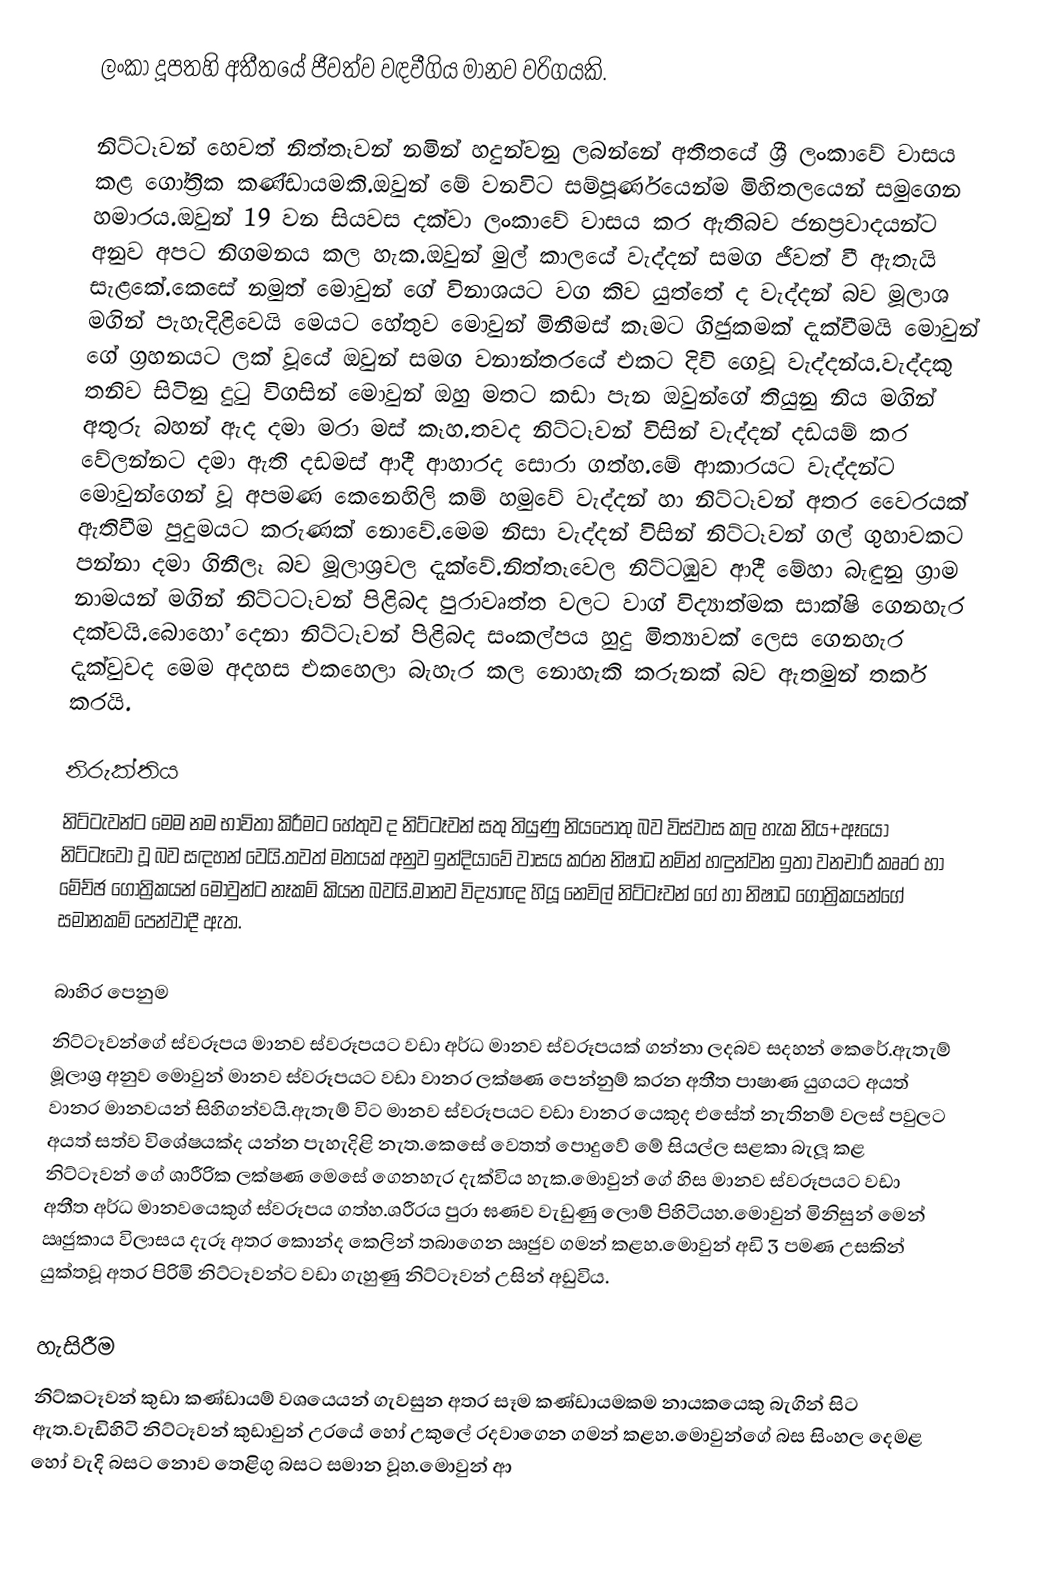
ලංකා දූපතහි අතීතයේ ජීවත්ව වඳවීගිය මානව වරිගයකි.

නිට්ටෑවන් හෙවත් නිත්තෑවන් නමින් හදුන්වනු ලබන්නේ අතීතයේ ශ්‍රී ලංකාවේ වාසය කළ ගෝත්‍රික කණ්ඩායමකි.ඔවුන් මේ වනවිට සම්පූර්ණයෙන්ම මිහිතලයෙන් සමුගෙන හමාරය.ඔවුන් 19 වන සියවස දක්වා ලංකාවේ වාසය කර ඇතිබව ජනප්‍රවාදයන්ට අනුව අපට නිගමනය කල හැක.ඔවුන් මුල් කාලයේ වැද්දන් සමග ජීවත් වී ඇතැයි සැළකේ.කෙසේ නමුත් මොවුන් ගේ විනාශයට වග කිව යුත්තේ ද වැද්දන් බව මූලාශ මගින් පැහැදිළිවෙයි මෙයට හේතුව මොවුන් මිනීමස් කෑමට ගිජුකමක් දැක්වීමයි මොවුන් ගේ ග්‍රහනයට ලක් වූයේ ඔවුන් සමග වනාන්තරයේ එකට දිවි ගෙවූ වැද්දන්ය.වැද්දකු තනිව සිටිනු දුටු විගසින් මොවුන් ඔහු මතට කඩා පැන ඔවුන්ගේ තියුනු නිය මගින් අතුරු බහන් ඇද දමා මරා මස් කෑහ.තවද නිට්ටෑවන් විසින් වැද්දන් දඩයම් කර වේලන්නට දමා ඇති දඩමස් ආදී ආහාරද සොරා ගත්හ.මේ ආකාරයට වැද්දන්ට මොවුන්ගෙන් වූ අපමණ කෙනෙහිලි කම් හමුවේ වැද්දන් හා නිට්ටෑවන් අතර වෙෙරයක් ඇතිවීම පුදුමයට කරුණක් නොවේ.මෙම නිසා වැද්දන් විසින් නිට්ටෑවන් ගල් ගුහාවකට පන්නා දමා ගිනීලෑ බව මූලාශ්‍රවල දැක්වේ.නිත්තෑවෙල නිට්ටඹුව ආදී මේහා බැඳුනු ග්‍රාම නාමයන් මගින් නිට්ටටෑවන් පිළිබද පුරාවෘත්ත වලට වාග් විද්‍යාත්මක සාක්ෂි ගෙනහැර දක්වයි.බොහෝ දෙනා නිට්ටෑවන් පිළිබද සංකල්පය හුදු මිත්‍යාවක් ලෙස ගෙනහැර දැක්වුවද මෙම අදහස එකහෙලා බැහැර කල නොහැකි කරුනක් බව ඇතමුන් තර්ක කරයි.

නිරුක්තිය
නිට්ටැවන්ට මෙම නම භාවිතා කිරීමට හේතුව ද නිට්ටෑවන් සතු තියුණු නියපොතු බව විස්වාස කල හැක නිය+ඈයෝ නිට්ටෑවෝ වූ බව සඳහන් වෙයි.තවත් මතයක් අනුව ඉන්දියාවේ වාසය කරන නිෂාධ නමින් හඳුන්වන ඉතා වනචාරී කෘෘර හා මේච්ඡ ගෝත්‍රිකයන් මොවුන්ට නෑකම් කියන බවයි.මානව විද්‍යාඥ හියූ නෙවිල් නිට්ටෑවන් ගේ හා නිෂාධ ගෝත්‍රිකයන්ගේ සමානකම් පෙන්වාදී ඇත.

බාහිර පෙනුම
නිට්ටෑවන්ගේ ස්වරූපය මානව ස්වරූපයට වඩා අර්ධ මානව ස්වරූපයක් ගන්නා ලදබව සදහන් කෙරේ.ඇතැම් මූලාශ්‍ර අනුව මොවුන් මානව ස්වරූපයට වඩා වානර ලක්ෂණ පෙන්නුම් කරන අතීත පාෂාණ යුගයට අයත් වානර මානවයන් සිහිගන්වයි.ඇතැම් විට මානව ස්වරූපයට වඩා වානර යෙකුද එසේත් නැතිනම් වලස් පවුලට අයත් සත්ව විශේෂයක්ද යන්න පැහැදිළි නැත.කෙසේ වෙතත් පොදුවේ මේ සියල්ල සළකා බැලූ කළ නිට්ටෑවන් ගේ ශාරීරික ලක්ෂණ මෙසේ ගෙනහැර දැක්විය හැක.මොවුන් ගේ හිස මානව ස්වරූපයට වඩා අතීත අර්ධ මානවයෙකුග් ස්වරූපය ගත්හ.ශරීරය පුරා ඝණව වැඩුණු ලොම් පිහිටියහ.මොවුන් මිනිසුන් මෙන් ඍජුකාය විලාසය දැරූ අතර කොන්ද කෙලින් තබාගෙන ඍජුව ගමන් කළහ.මොවුන් අඩි 3 පමණ උසකින් යුක්තවූ අතර පිරිමි නිට්ටෑවන්ට වඩා ගැහුණු නිට්ටෑවන් උසින් අඩුවිය.

හැසිරීම
නිට්කටෑවන් කුඩා කණ්ඩායම් වශයෙයන් ගැවසුන අතර සෑම කණ්ඩායමකම නායකයෙකු බැගින් සිට ඇත.වැඩිහිටි නිට්ටෑවන් කුඩාවුන් උරයේ හෝ උකුලේ රදවාගෙන ගමන් කළහ.මොවුන්ගේ බස සිංහල දෙමළ හෝ වැදි බසට නොව තෙළිගු බසට සමාන වූහ.මොවුන් ආ